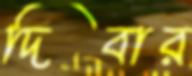
দিবার